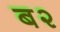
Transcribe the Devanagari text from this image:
ब२